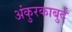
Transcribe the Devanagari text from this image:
अंकुरकाबुर्द